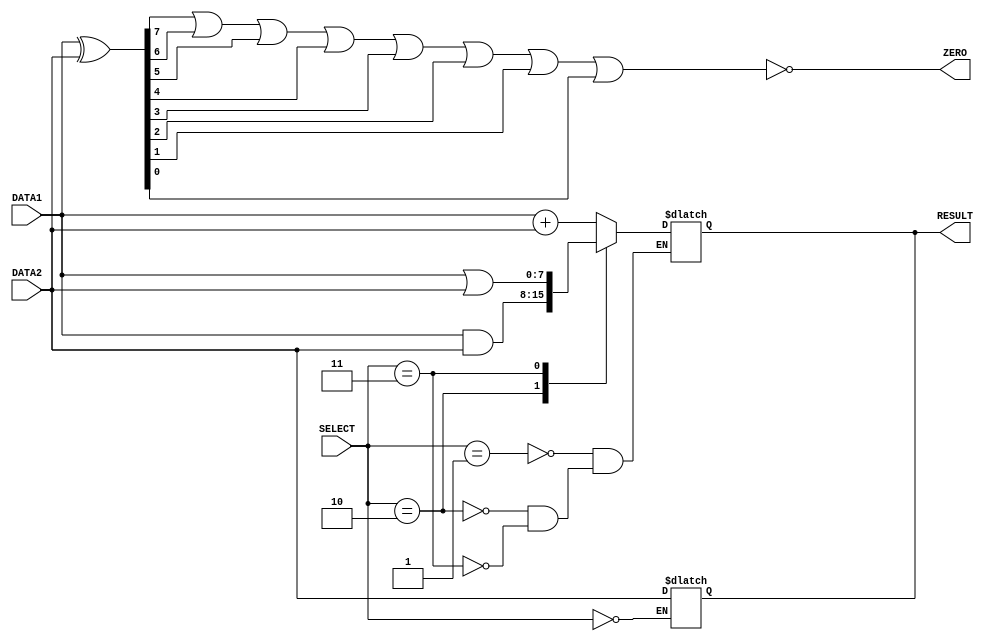
module alu(DATA1,DATA2,RESULT,ZERO,SELECT); //tested and works!
//define inputs
	input signed [7:0]DATA1,DATA2;
	input [2:0]SELECT;
//define output 
	output ZERO;
	output[7:0]RESULT;
	reg [7:0] temp;
	wire andOut;
	reg signed RESULT;
	wire zero_wire;
	reg ZERO;
	
	
	nor nor1(zero_wire,temp[7],temp[6],temp[5],temp[4],temp[3],temp[2],temp[1],temp[0]);
	always @ (DATA2,SELECT) //this part is alone otherwise it is waiting for data1.
	begin
		if (SELECT == 3'b000)
			#1 RESULT = DATA2;
	end
	always @(*)
	begin
		case(SELECT)
	/*	3'b000:
			//forward data2 to result
			//latency = 1
			#1 RESULT =  DATA2;*/
		
		3'b001:
			//ADD data1,data2
			//latency = 2
			#2 RESULT =  DATA1 + DATA2;
		3'b010:
			//AND
			//latency = 1
			#1 RESULT =  DATA1 & DATA2;
		3'b011:
			//OR
			//latency = 1
			#1 RESULT =  DATA1 | DATA2;
		
		/*default:
			//This is reserved
			#1 RESULT = 8'b00000000;*/	
		endcase
	end
	
	/*check inputs are same*/
	always @(*)begin
		temp <=  DATA1 ^ DATA2;//xor
		ZERO = zero_wire;
		
	end
	
	
	
endmodule